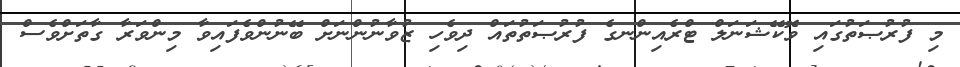
މި ފުުރުޞަތުގައި ވޮކޭޝަނަލް ޓްރެއިންނގެ ފުރުޞަތުތައް ދިވެހި ޒުވާނުންނަށް ބޭނުންވެފައިވާ މިންވަރާ ގާތަށްވެސް